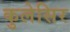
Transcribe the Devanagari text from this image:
कुलेसिर